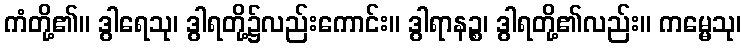
ကံတို့၏။ ဒွါရေသု၊ ဒွါရတို့၌လည်းကောင်း။ ဒွါရာနဉ္စ၊ ဒွါရတို့၏လည်း။ ကမ္မေသု၊